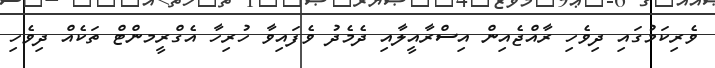
ވެރިކަމުގައި ދިވެހި ރާއްޖެއިން އިސްރާއީލާއި ދެމެދު ވެފައިވާ ހުރިހާ އެގްރީމންޓް ތަކެއް ދިވެހި